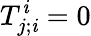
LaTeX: T_{j;\mathit{i}}^{\mathit{i}}=0